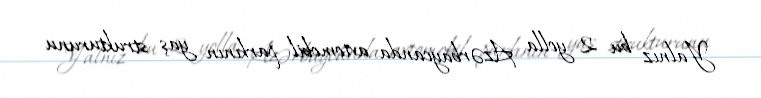
Yalnız bu 2 yolla Azərbaycanda avtomobil parkının yaş strukturunu